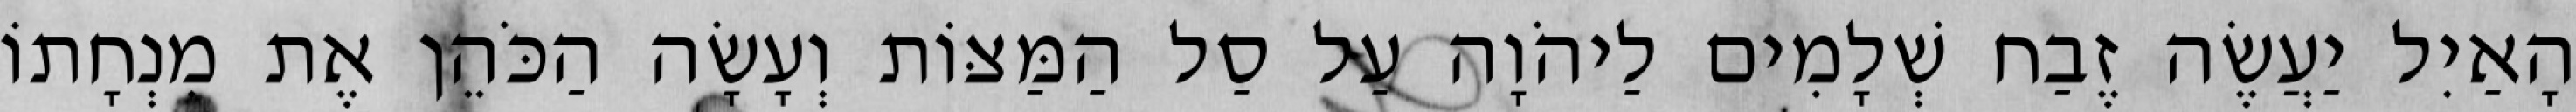
הָאַיִל יַעֲשֶׂה זֶבַח שְׁלָמִים לַיהֹוָה עַל סַל הַמַּצּוֹת וְעָשָׂה הַכֹּהֵן אֶת מִנְחָתוֹ